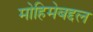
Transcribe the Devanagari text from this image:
मोहिमेबद्दल